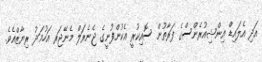
އަދި އެލައިޑް އިންޝިއުރެންސްގެ ފަރާތުން ސޮއިކުރީ އެކުންފުނީގެ ޖެނެރަލް މެނޭޖަރ އަހުމަދު ރިޔާޒްއެވެ.